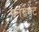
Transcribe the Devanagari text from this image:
मनगेमेंट